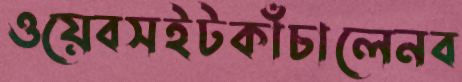
ওয়েবসইটকাঁচালেনব